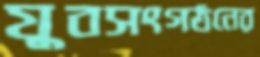
যুবসংগঠনের